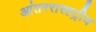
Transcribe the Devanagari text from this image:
आंतररास्ह्ट्रीय